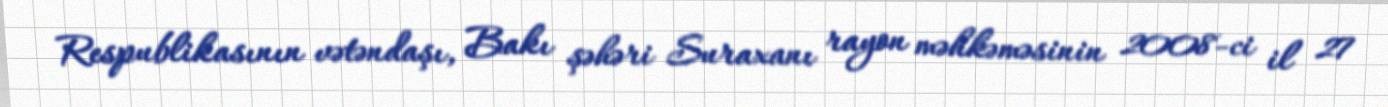
Respublikasının vətəndaşı, Bakı şəhəri Suraxanı rayon məhkəməsinin 2008-ci il 27